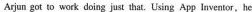
Arjun got to work doing just thar. Using App Inventor,he